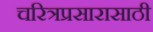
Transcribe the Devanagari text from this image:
चरित्रप्रसारासाठी